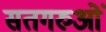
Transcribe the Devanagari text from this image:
सतगरुओं